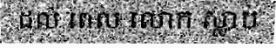
ដល់ ពេល លោក ស្លាប់